Indian journal of veterinary science and animal husbandry - Volumes 22-23, 1952-1953
Year: 1952
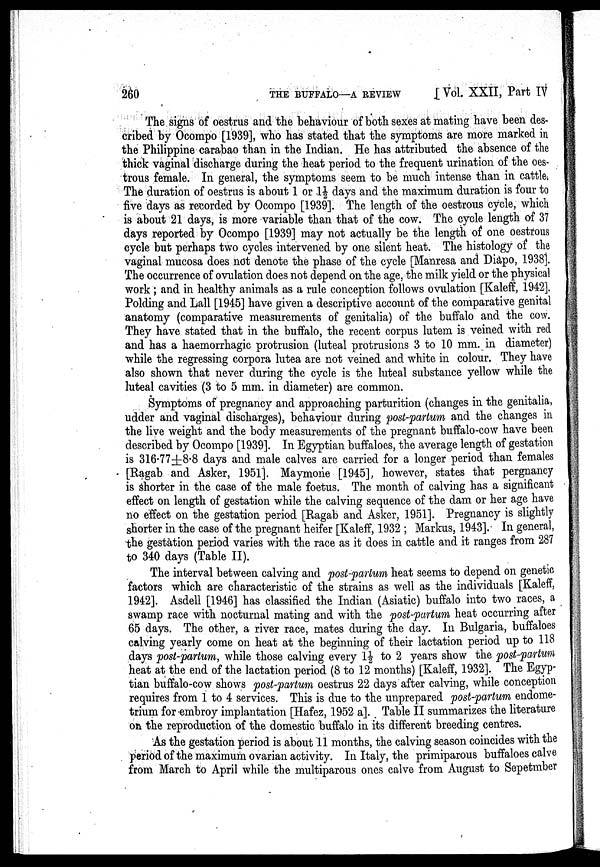
260
THE BUFFALO—A REVIEW
[
Vol. XXII, Part TV
The signs of oestrus and the behaviour of both sexes at mating have been des-
cribed by Ocompo [1939], who has stated that the symptoms are more marked in
the Philippine carabao than in the Indian. He has attributed the absence of the
thick vaginal discharge during the heat period to the frequent urination of the oes-
trous female. In general, the symptoms seem to be much intense than in cattle-.
The duration of oestrus is about 1 or 1½ days and the maximum duration is four to
five days as recorded by Ocompo [1939]. The length of the oestrous cycle, which
is about 21 days, is more variable than that of the cow. The cycle length of 37
days reported by Ocompo [1939] may not actually be the length of one oestrous
cycle but perhaps two cycles intervened by one silent heat. The histology of the
vaginal mucosa does not denote the phase of the cycle [Manresa and Diapo, 1938].
The occurrence of ovulation does not depend on the age, the milk yield or the physical
work ; and in healthy animals as a rule conception follows ovulation [Kaleff, 1942].
Polding and Lall [1945] have given a descriptive account of the comparative genital
anatomy (comparative measurements of genitalia) of the buffalo and the cow.
They have stated that in the buffalo, the recent corpus lutem is veined with red
and has a haemorrhagic protrusion (luteal protrusions 3 to 10 mm. in diameter)
while the regressing corpora lutea are not veined and white in colour. They have
also shown that never during the cycle is the luteal substance yellow while the
luteal cavities (3 to 5 mm. in diameter) are common.
Symptoms of pregnancy and approaching parturition (changes in the genitalia,
udder and vaginal discharges), behaviour during post-partum and the changes in
the live weight and the body measurements of the pregnant buffalo-cow have been
described by Ocompo [1939]. In Egyptian buffaloes, the average length of gestation
is 316.77±8.8 days and male calves are carried for a longer period than females
[Ragab and Asker, 1951]. Maymone [1945], however, states that pergnancy
is shorter in the case of the male foetus. The month of calving has a significant
effect on length of gestation while the calving sequence of the dam or her age have
no effect on the gestation period [Ragab and Asker, 1951]. Pregnancy is slightly
shorter in the case of the pregnant heifer [Kaleff, 1932 ; Markus, 1943]. In general,
the gestation period varies with the race as it does in cattle and it ranges from 287
to 340 days (Table II).
The interval between calving and post-partum heat seems to depend on genetic
factors which are characteristic of the strains as well as the individuals [Kaleff,
1942]. Asdell [1946] has classified the Indian (Asiatic) buffalo into two races, a
swamp race with nocturnal mating and with the post-partum heat occurring after
65 days. The other, a river race, mates during the day. In Bulgaria, buffaloes
calving yearly come on heat at the beginning of their lactation period up to 118
days post-partum, while those calving every 1½ to 2 years show the post-partum
heat at the end of the lactation period (8 to 12 months) [Kaleff, 1932]. The Egyp-
tian buffalo-cow shows post-partum oestrus 22 days after calving, while conception
requires from 1 to 4 services. This is due to the unprepared post-partum endome-
trium for embroy implantation [Hafez, 1952 a]. Table II summarizes the literature
on the reproduction of the domestic buffalo in its different breeding centres.
As the gestation period is about 11 months, the calving season coincides with the
period of the maximum ovarian activity. In Italy, the primiparous buffaloes calve
from March to April while the multiparous ones calve from August to Sepetmber